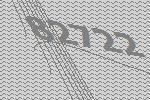
82722